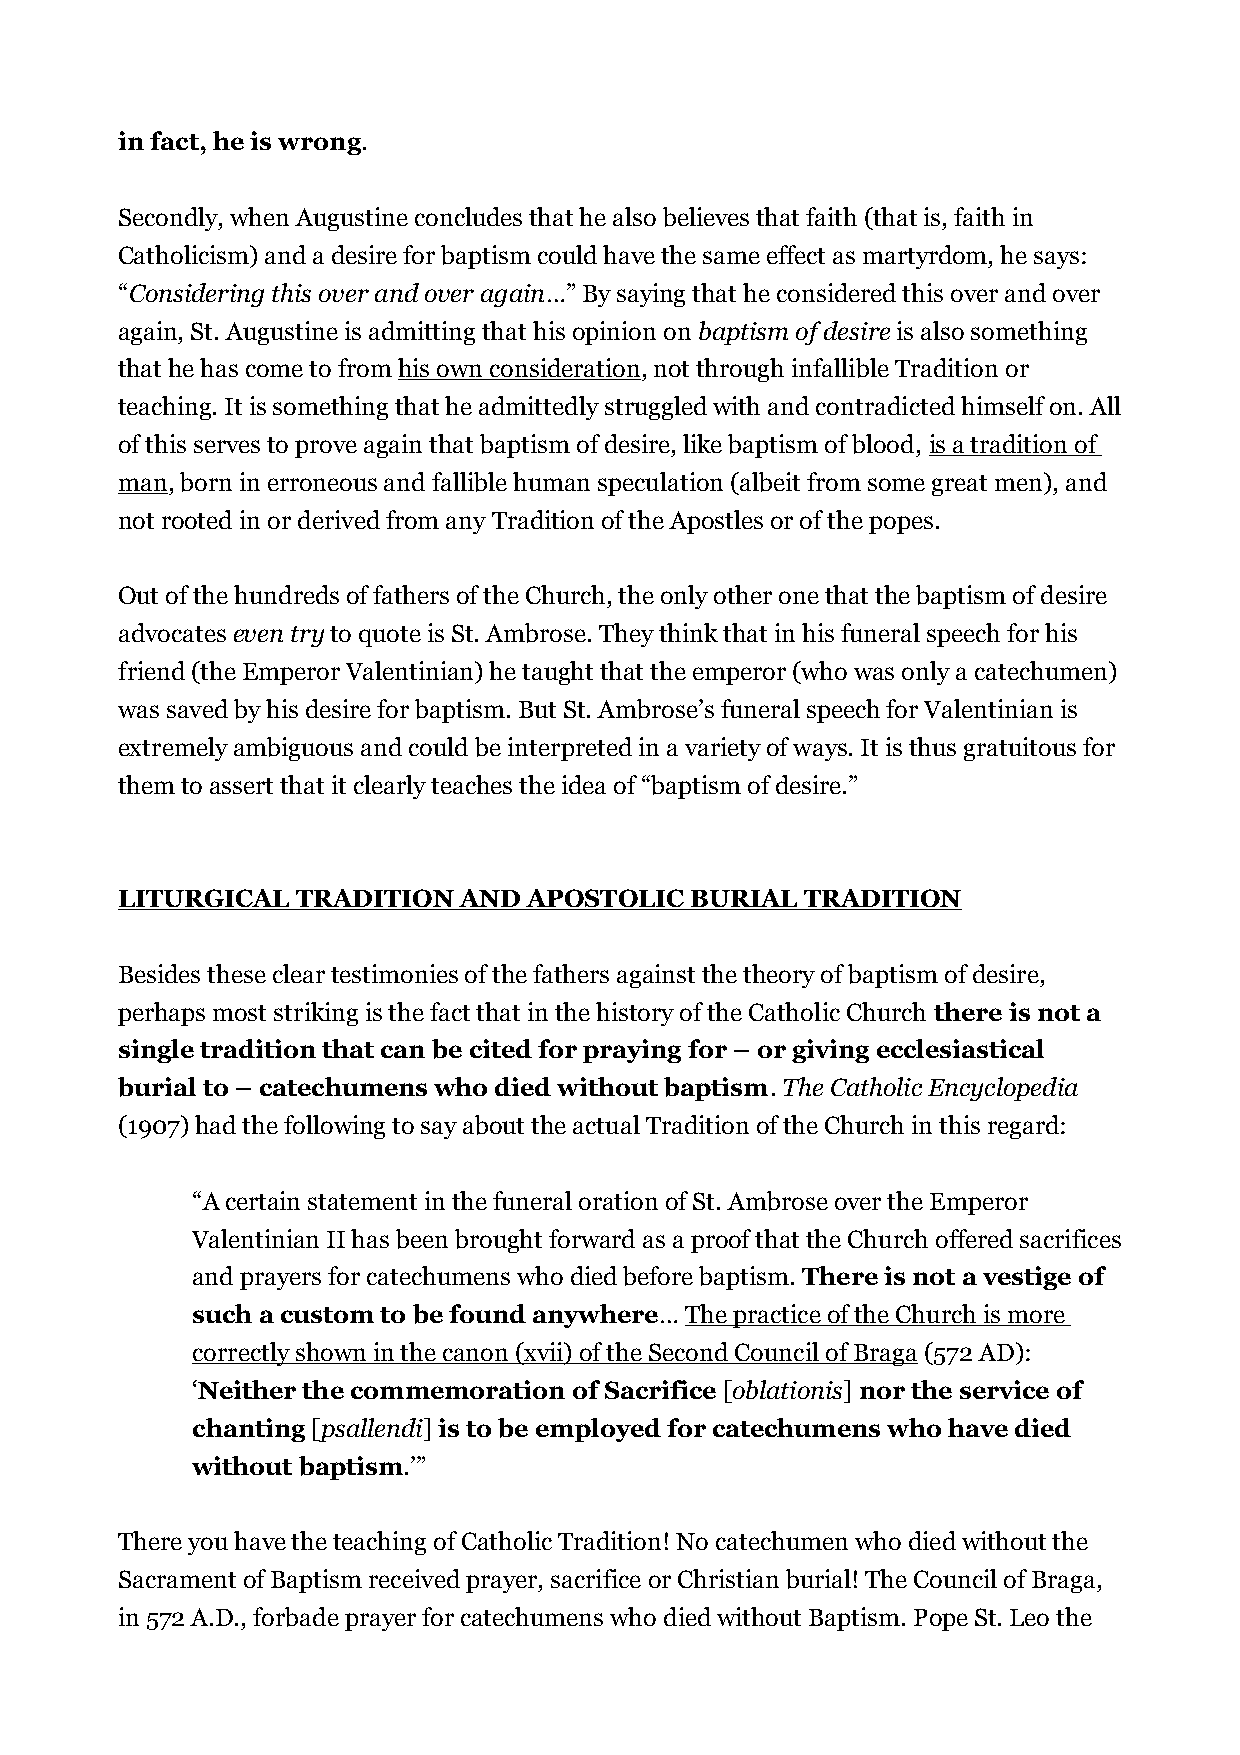
in fact, he is wrong.
 Secondly, when Augustine concludes that he also believes that faith (that is, faith in
 Catholicism) and a desire for baptism could have the same effect as martyrdom, he says:
 “Considering this over and over again…” By saying that he considered this over and over
 again, St. Augustine is admitting that his opinion on baptism of desire is also something
 that he has come to from his own consideration, not through infallible Tradition or
 teaching. It is something that he admittedly struggled with and contradicted himself on. All
 of this serves to prove again that baptism of desire, like baptism of blood, is a tradition of
 man, born in erroneous and fallible human speculation (albeit from some great men), and
 not rooted in or derived from any Tradition of the Apostles or of the popes.
 Out of the hundreds of fathers of the Church, the only other one that the baptism of desire
 advocates even try to quote is St. Ambrose. They think that in his funeral speech for his
 friend (the Emperor Valentinian) he taught that the emperor (who was only a catechumen)
 was saved by his desire for baptism. But St. Ambrose’s funeral speech for Valentinian is
 extremely ambiguous and could be interpreted in a variety of ways. It is thus gratuitous for
 them to assert that it clearly teaches the idea of “baptism of desire.”
 LITURGICAL  TRADITION AND  APOSTOLIC  BURIAL TRADITION
 Besides these clear testimonies of the fathers against the theory of baptism of desire,
 perhaps most striking is the fact that in the history of the Catholic Church there is not a
 single tradition that can be cited for praying for – or giving ecclesiastical
 burial to – catechumens who died without baptism. The Catholic Encyclopedia
 (1907) had the following to say about the actual Tradition of the Church in this regard:
 “A certain statement in the funeral oration of St. Ambrose over the Emperor
 Valentinian II has been brought forward as a proof that the Church offered sacrifices
 and prayers for catechumens who died before baptism. There is not a vestige of
 such a custom to be found anywhere… The practice of the Church is more
 correctly shown in the canon (xvii) of the Second Council of Braga (572 AD):
 ‘Neither the commemoration of Sacrifice [oblationis] nor the service of
 chanting [psallendi] is to be employed for catechumens who have died
 without baptism.’”
 There you have the teaching of Catholic Tradition! No catechumen who died without the
 Sacrament of Baptism received prayer, sacrifice or Christian burial! The Council of Braga,
 in 572 A.D., forbade prayer for catechumens who died without Baptism. Pope St. Leo the